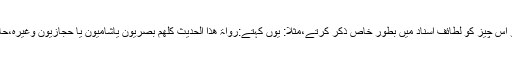
اسی لئے شارحینِ حدیث،اثناءِ شرح اگر کسی سند کے تمام راوی ایک علاقے کے پاتے تو اس چیز کو لطائفِ اسناد میں بطورِ خاص ذکر کرتے،مثلاً: یوں کہتے:رواۃ ھذا الحدیث کلھم بصریون یاشامیون یا حجازیون وغیرہ،حافظ ابن حجرaکی فتح الباری شرحِ صحیح بخاری میں جابجا اس نمونے کا کلام موجودہے۔